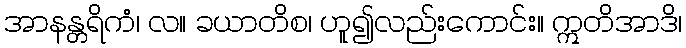
အာနန္တရိကံ၊ လ။ ခယာတိစ၊ ဟူ၍လည်းကောင်း။ ဣတိအာဒိ၊